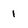
Character: 1